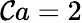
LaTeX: \mathcal{C}a=2